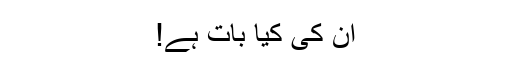
ان کی کیا بات ہے!